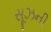
સૂઝની